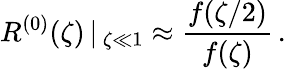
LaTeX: R^{(0)}(\zeta)\, |\, _{\zeta\ll 1}\approx\frac{f(\zeta/2)}{f(\zeta)}\, .